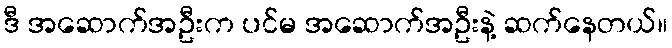
ဒီ အဆောက်အဦးက ပင်မ အဆောက်အဦးနဲ့ ဆက်နေတယ်။